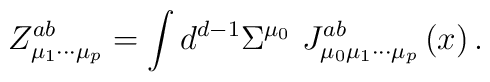
Z_{\mu _1\cdots \mu _p}^{ab}=\int d^{d-1}\Sigma ^{\mu _0}\,\,J_{\mu _0\mu_1\cdots \mu _p}^{ab}\left( x\right) .